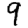
Digit: 9